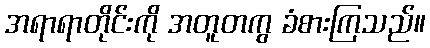
အရာရာတိုင်းကို အတူတကွ ခံစားကြသည်။